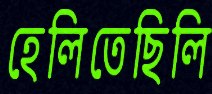
হেলিতেছিলি